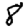
Digit: 8